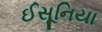
ઈસૂનિયા